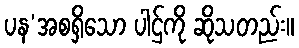
ပန’အစရှိသော ပါဌ်ကို ဆိုသတည်း။